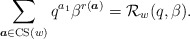
\begin{gather*} \sum _{{\boldsymbol{a}} \in {\rm CS}(w)} q^{a_1} \beta ^{r({\boldsymbol{a}})} ={\cal {R}}_{w}(q,\beta).\end{gather*}